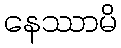
နေဿာမိ